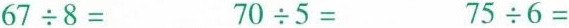
$$67\div 8=$$ $$70\div 5=$$ $$75\div 6=$$